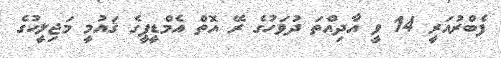
ފެބްރުއަރީ 14 ވީ އާދިއްތަ ދުވަހުގެ ރޭ އޮތް އެމްޑީޕީގެ ޤައުމީ މަޖިލީހުގެ